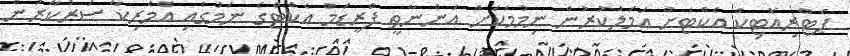
ޕެޓްރިއޮޓިކް އެކްޓަށް އަމަލުކުރުން ނިމުމަކަށް އަންނާތީ ފްރީޑަމް އެކްޓްގެ ނަމުގައި އެެމެރިކާ ސަރުކާރުން